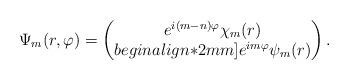
LaTeX: \begin{align*} \Psi_m(r,\varphi)= \begin{pmatrix} e^{i(m-n)\varphi}\chi_m(r)\\begin{align*}2mm]e^{im\varphi}\psi_m(r) \end{pmatrix}.\end{align*}